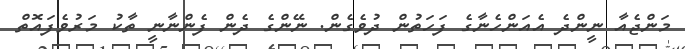
މަންޖެއާ ނީންދެ އެއަންހެނާގެ ފަހަތުން ދުވެގެން. ނޭންގެ ދެން ފެންނާނީ ތާކު މަރުވެފައޮތް